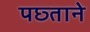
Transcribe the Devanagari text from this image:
पछ्ताने